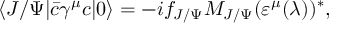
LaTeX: \langle J / \Psi | \bar { c } \gamma ^ { \mu } c | 0 \rangle = - i f _ { J / \Psi } M _ { J / \Psi } ( \varepsilon ^ { \mu } ( \lambda ) ) ^ { * } ,